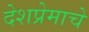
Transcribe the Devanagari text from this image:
देशप्रेमाचे